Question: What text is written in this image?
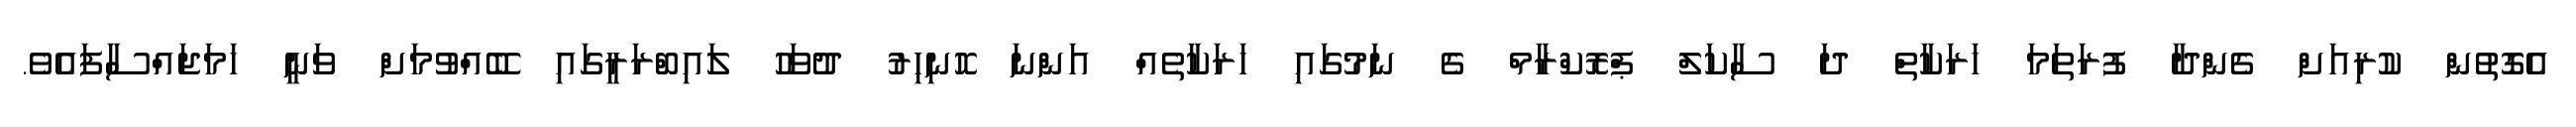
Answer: އެގޮތުން ކުރިއަށް ގެންދާ ފުރަތަމަ ހަރަކާތް ދަ ސާކަލް ޕްރޮކްރާމް ގެ ނަމުގައި ހަރަކާތެއް އަންނަ ހޮނިހިރު ދުވަހު ލައިބްރަރީގައި ބޭއްވުމަށް ވަނީ ހަމަޖައްސާފައެވެ.